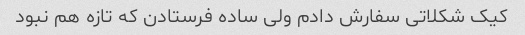
کیک شکلاتی سفارش دادم ولی ساده فرستادن که تازه هم نبود